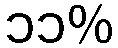
၁၁%